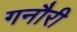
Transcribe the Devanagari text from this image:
गनौरी